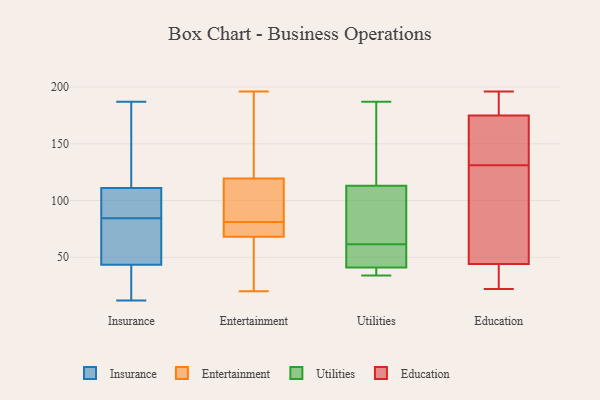
{"axis": {"x": "Satisfaction Score", "y": "Value"}, "legend": ["Education", "Entertainment", "Insurance", "Utilities"], "data": [{"x": "", "y": 33, "type": "Insurance"}, {"x": "", "y": 114, "type": "Insurance"}, {"x": "", "y": 108, "type": "Insurance"}, {"x": "", "y": 66, "type": "Insurance"}, {"x": "", "y": 84, "type": "Insurance"}, {"x": "", "y": 85, "type": "Insurance"}, {"x": "", "y": 108, "type": "Insurance"}, {"x": "", "y": 26, "type": "Insurance"}, {"x": "", "y": 164, "type": "Insurance"}, {"x": "", "y": 24, "type": "Insurance"}, {"x": "", "y": 12, "type": "Insurance"}, {"x": "", "y": 152, "type": "Insurance"}, {"x": "", "y": 88, "type": "Insurance"}, {"x": "", "y": 54, "type": "Insurance"}, {"x": "", "y": 64, "type": "Insurance"}, {"x": "", "y": 187, "type": "Insurance"}, {"x": "", "y": 81, "type": "Entertainment"}, {"x": "", "y": 136, "type": "Entertainment"}, {"x": "", "y": 20, "type": "Entertainment"}, {"x": "", "y": 74, "type": "Entertainment"}, {"x": "", "y": 112, "type": "Entertainment"}, {"x": "", "y": 65, "type": "Entertainment"}, {"x": "", "y": 62, "type": "Entertainment"}, {"x": "", "y": 70, "type": "Entertainment"}, {"x": "", "y": 69, "type": "Entertainment"}, {"x": "", "y": 196, "type": "Entertainment"}, {"x": "", "y": 70, "type": "Entertainment"}, {"x": "", "y": 83, "type": "Entertainment"}, {"x": "", "y": 114, "type": "Entertainment"}, {"x": "", "y": 22, "type": "Entertainment"}, {"x": "", "y": 140, "type": "Entertainment"}, {"x": "", "y": 139, "type": "Entertainment"}, {"x": "", "y": 83, "type": "Entertainment"}, {"x": "", "y": 152, "type": "Utilities"}, {"x": "", "y": 36, "type": "Utilities"}, {"x": "", "y": 41, "type": "Utilities"}, {"x": "", "y": 187, "type": "Utilities"}, {"x": "", "y": 43, "type": "Utilities"}, {"x": "", "y": 44, "type": "Utilities"}, {"x": "", "y": 113, "type": "Utilities"}, {"x": "", "y": 79, "type": "Utilities"}, {"x": "", "y": 34, "type": "Utilities"}, {"x": "", "y": 93, "type": "Utilities"}, {"x": "", "y": 196, "type": "Education"}, {"x": "", "y": 151, "type": "Education"}, {"x": "", "y": 84, "type": "Education"}, {"x": "", "y": 180, "type": "Education"}, {"x": "", "y": 35, "type": "Education"}, {"x": "", "y": 44, "type": "Education"}, {"x": "", "y": 22, "type": "Education"}, {"x": "", "y": 136, "type": "Education"}, {"x": "", "y": 175, "type": "Education"}, {"x": "", "y": 126, "type": "Education"}]}